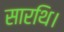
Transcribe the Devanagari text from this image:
सारथि।